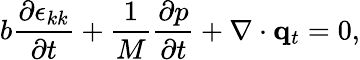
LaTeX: b\frac{\partial\epsilon_{kk}}{\partial t}+\frac{1}{M}\frac{\partial p}{\partial t}+\nabla\cdot\mathbf{q}_{t}=0,